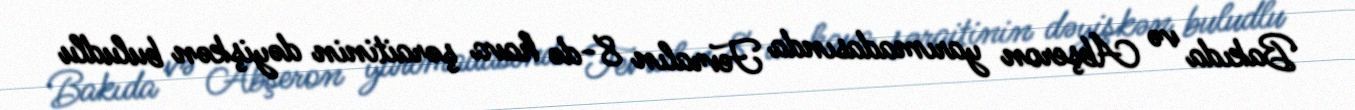
Bakıda və Abşeron yarımadasında Fevralın 8-də hava şəraitinin dəyişkən buludlu